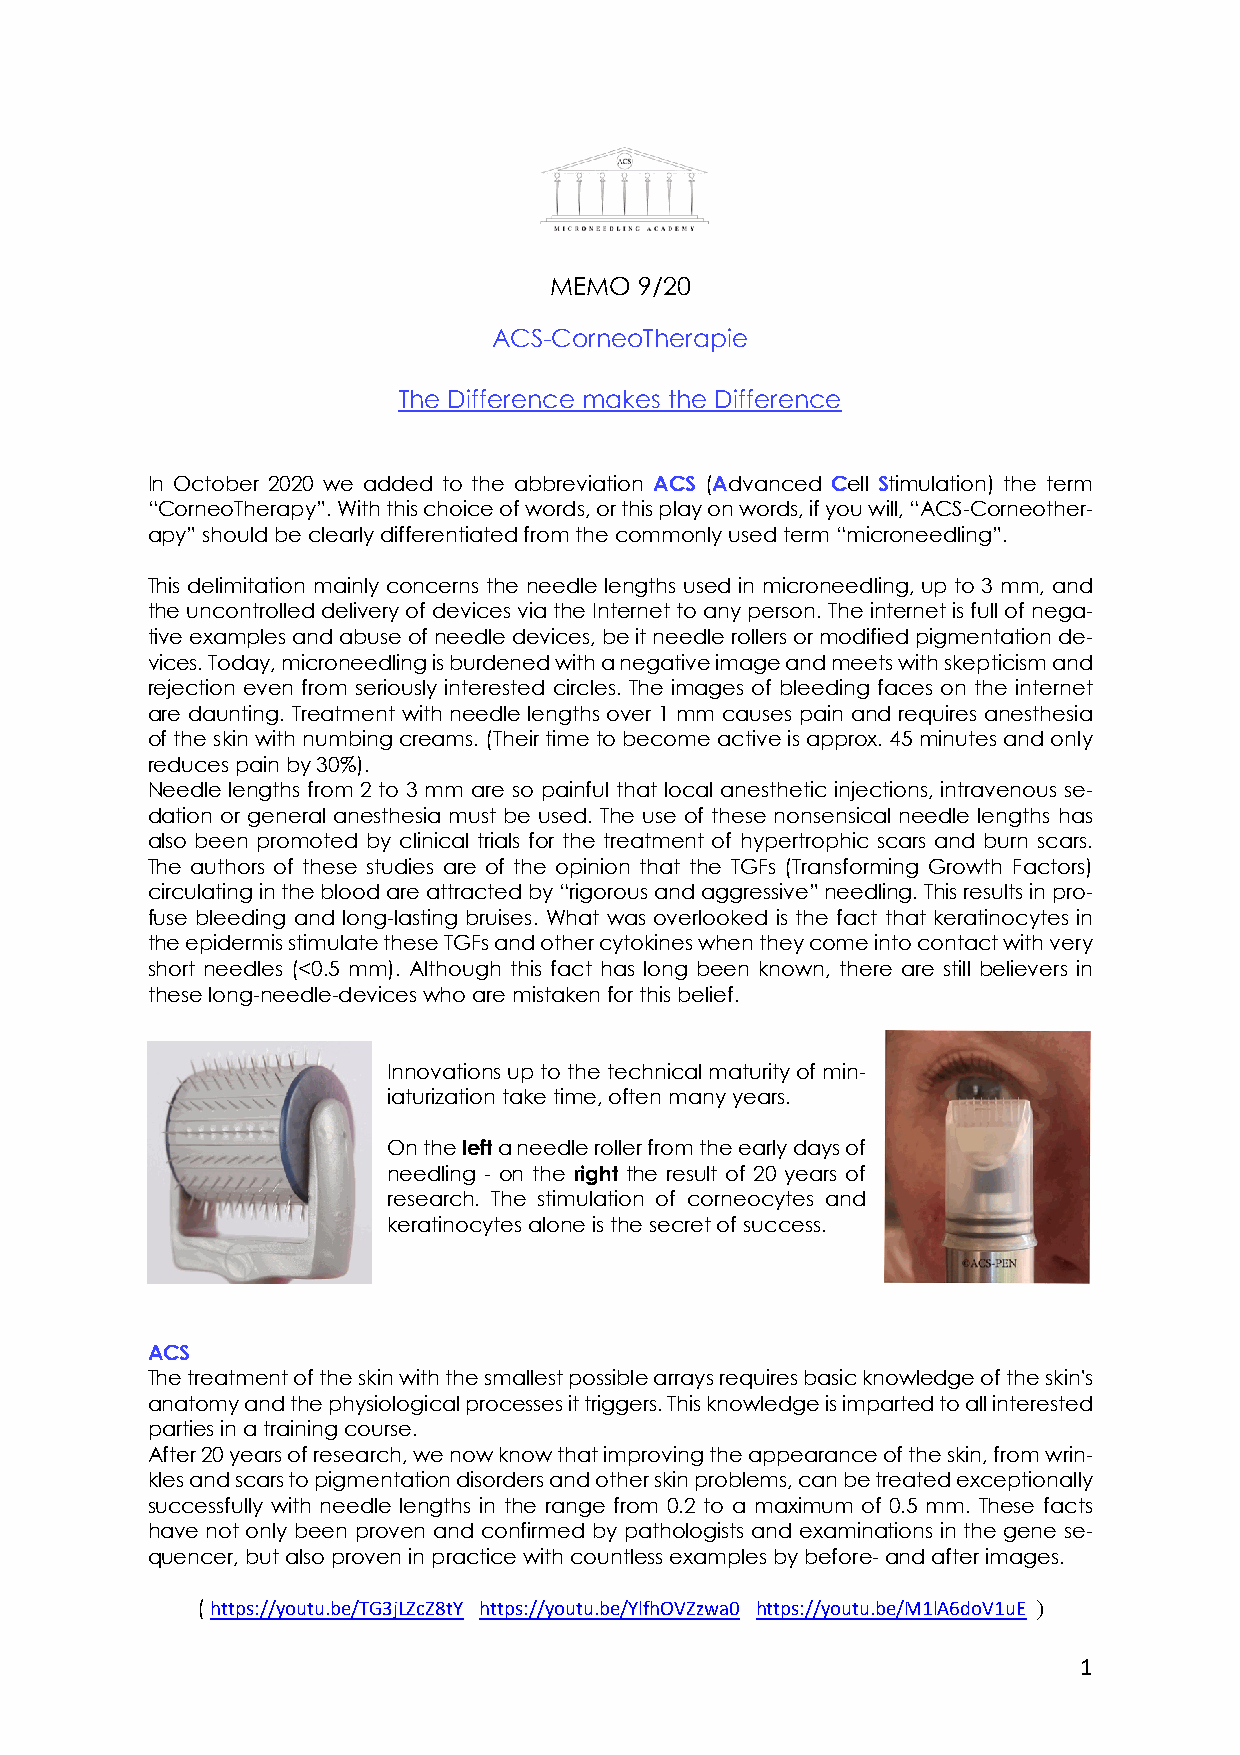
MEMO  9/20
 ACS-CorneoTherapie
 The Difference makes the Difference
 In October 2020 we added to the abbreviation ACS (Advanced Cell Stimulation) the term
 “CorneoTherapy”. With this choice of words, or this play on words, if you will, “ACS-Corneother-
 apy” should be clearly differentiated from the commonly used term “microneedling”.
 This delimitation mainly concerns the needle lengths used in microneedling, up to 3 mm, and
 the uncontrolled delivery of devices via the Internet to any person. The internet is full of nega-
 tive examples and abuse of needle devices, be it needle rollers or modified pigmentation de-
 vices. Today, microneedling is burdened with a negative image and meets with skepticism and
 rejection even from seriously interested circles. The images of bleeding faces on the internet
 are daunting. Treatment with needle lengths over 1 mm causes pain and requires anesthesia
 of the skin with numbing creams. (Their time to become active is approx. 45 minutes and only
 reduces pain by 30%).
 Needle lengths from 2 to 3 mm are so painful that local anesthetic injections, intravenous se-
 dation or general anesthesia must be used. The use of these nonsensical needle lengths has
 also been promoted by clinical trials for the treatment of hypertrophic scars and burn scars.
 The authors of these studies are of the opinion that the TGFs (Transforming Growth Factors)
 circulating in the blood are attracted by “rigorous and aggressive” needling. This results in pro-
 fuse bleeding and long-lasting bruises. What was overlooked is the fact that keratinocytes in
 the epidermis stimulate these TGFs and other cytokines when they come into contact with very
 short needles (<0.5 mm). Although this fact has long been known, there are still believers in
 these long-needle-devices who are mistaken for this belief.
 Innovations up to the technical maturity of min-
 iaturization take time, often many years.
 On the left a needle roller from the early days of
 needling - on the right the result of 20 years of
 research. The stimulation of corneocytes and
 keratinocytes alone is the secret of success.
 ACS
 The treatment of the skin with the smallest possible arrays requires basic knowledge of the skin's
 anatomy and the physiological processes it triggers. This knowledge is imparted to all interested
 parties in a training course.
 After 20 years of research, we now know that improving the appearance of the skin, from wrin-
 kles and scars to pigmentation disorders and other skin problems, can be treated exceptionally
 successfully with needle lengths in the range from 0.2 to a maximum of 0.5 mm. These facts
 have not only been proven and confirmed by pathologists and examinations in the gene se-
 quencer, but also proven in practice with countless examples by before- and after images.
 ( https://youtu.be/TG3jLZcZ8tY https://youtu.be/YlfhOVZzwa0 https://youtu.be/M1lA6doV1uE )
 1